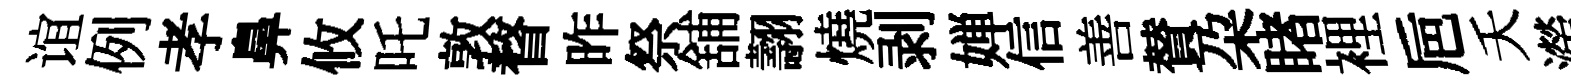
谊例孝鼻攸吒敦瞀昨祭舖翿燒剥婵信善賛朶睹裡巵夭澇